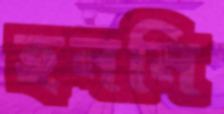
হননি